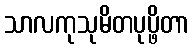
သာလကုသုမိတပုပ္ဖိတာ